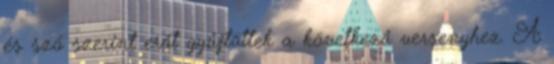
és szó szerint erőt gyűjtöttek a következő versenyhez. A